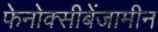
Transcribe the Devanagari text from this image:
फेनोक्सीबेंजामीन